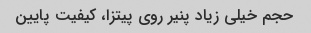
حجم خیلی زیاد پنیر روی پیتزا، کیفیت پایین